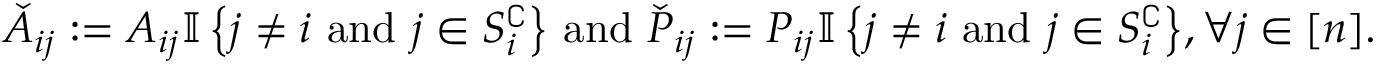
\begin{array} { r } { \check { A } _ { i j } : = A _ { i j } { \mathbb { I } \left\{ { j \neq i \mathrm { ~ a n d ~ } j \in S _ { i } ^ { \complement } } \right\} } \mathrm { ~ a n d ~ } \check { P } _ { i j } : = P _ { i j } { \mathbb { I } \left\{ { j \neq i \mathrm { ~ a n d ~ } j \in S _ { i } ^ { \complement } } \right\} } , \forall j \in [ n ] . } \end{array}